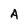
Character: A